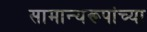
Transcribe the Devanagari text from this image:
सामान्यरूपांच्या